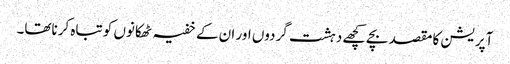
آپریشن کا مقصد بچے کچھے دہشت گردوں اور ان کے خفیہ ٹھکانوں کو تباہ کرناتھا۔